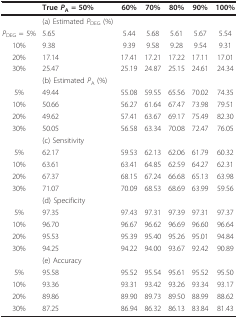
<table><thead><tr><td></td><td><b>True <i>P</i><sub>A </sub>= 50%</b></td><td><b>60%</b></td><td><b>70%</b></td><td><b>80%</b></td><td><b>90%</b></td><td><b>100%</b></td></tr></thead><tbody><tr><td></td><td>(a) Estimated <i>P</i><sub>DEG </sub>(%)</td><td></td><td></td><td></td><td></td><td></td></tr><tr><td><i>P</i><sub>DEG </sub>= 5%</td><td>5.65</td><td>5.44</td><td>5.68</td><td>5.61</td><td>5.67</td><td>5.54</td></tr><tr><td>10%</td><td>9.38</td><td>9.39</td><td>9.58</td><td>9.28</td><td>9.54</td><td>9.31</td></tr><tr><td>20%</td><td>17.14</td><td>17.41</td><td>17.21</td><td>17.22</td><td>17.11</td><td>17.01</td></tr><tr><td>30%</td><td>25.47</td><td>25.19</td><td>24.87</td><td>25.15</td><td>24.61</td><td>24.34</td></tr><tr><td></td><td>(b) Estimated <i>P</i><sub>A </sub>(%)</td><td></td><td></td><td></td><td></td><td></td></tr><tr><td>5%</td><td>49.44</td><td>55.08</td><td>59.55</td><td>65.56</td><td>70.02</td><td>74.35</td></tr><tr><td>10%</td><td>50.66</td><td>56.27</td><td>61.64</td><td>67.47</td><td>73.98</td><td>79.51</td></tr><tr><td>20%</td><td>49.62</td><td>57.41</td><td>63.67</td><td>69.17</td><td>75.49</td><td>82.30</td></tr><tr><td>30%</td><td>50.05</td><td>56.58</td><td>63.34</td><td>70.08</td><td>72.47</td><td>76.05</td></tr><tr><td></td><td>(c) Sensitivity</td><td></td><td></td><td></td><td></td><td></td></tr><tr><td>5%</td><td>62.17</td><td>59.53</td><td>62.13</td><td>62.06</td><td>61.79</td><td>60.32</td></tr><tr><td>10%</td><td>63.61</td><td>63.41</td><td>64.85</td><td>62.59</td><td>64.27</td><td>62.31</td></tr><tr><td>20%</td><td>67.37</td><td>68.15</td><td>67.24</td><td>66.68</td><td>65.13</td><td>63.98</td></tr><tr><td>30%</td><td>71.07</td><td>70.09</td><td>68.53</td><td>68.69</td><td>63.99</td><td>59.56</td></tr><tr><td></td><td>(d) Specificity</td><td></td><td></td><td></td><td></td><td></td></tr><tr><td>5%</td><td>97.35</td><td>97.43</td><td>97.31</td><td>97.39</td><td>97.31</td><td>97.37</td></tr><tr><td>10%</td><td>96.70</td><td>96.67</td><td>96.62</td><td>96.69</td><td>96.60</td><td>96.64</td></tr><tr><td>20%</td><td>95.53</td><td>95.39</td><td>95.40</td><td>95.26</td><td>95.01</td><td>94.84</td></tr><tr><td>30%</td><td>94.25</td><td>94.22</td><td>94.00</td><td>93.67</td><td>92.42</td><td>90.89</td></tr><tr><td></td><td>(e) Accuracy</td><td></td><td></td><td></td><td></td><td></td></tr><tr><td>5%</td><td>95.58</td><td>95.52</td><td>95.54</td><td>95.61</td><td>95.52</td><td>95.50</td></tr><tr><td>10%</td><td>93.36</td><td>93.31</td><td>93.42</td><td>93.26</td><td>93.34</td><td>93.17</td></tr><tr><td>20%</td><td>89.86</td><td>89.90</td><td>89.73</td><td>89.50</td><td>88.99</td><td>88.62</td></tr><tr><td>30%</td><td>87.25</td><td>86.94</td><td>86.32</td><td>86.13</td><td>83.84</td><td>81.43</td></tr></tbody></table>